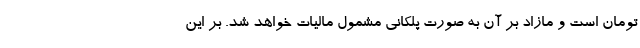
تومان است و مازاد بر آن به صورت پلکانی مشمول مالیات خواهد شد. بر این